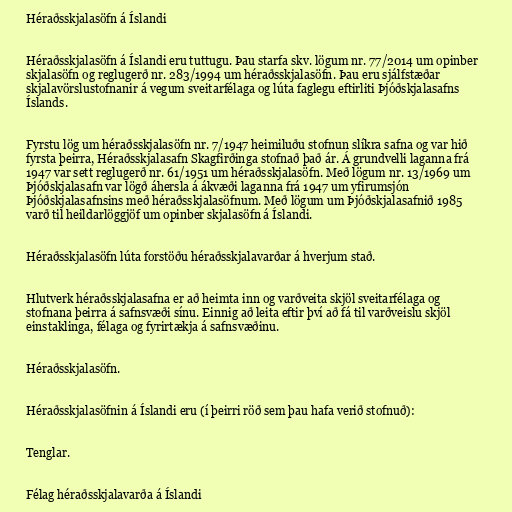
Héraðsskjalasöfn á Íslandi

Héraðsskjalasöfn á Íslandi eru tuttugu. Þau starfa skv. lögum nr. 77/2014 um opinber
skjalasöfn og reglugerð nr. 283/1994 um héraðsskjalasöfn. Þau eru sjálfstæðar
skjalavörslustofnanir á vegum sveitarfélaga og lúta faglegu eftirliti Þjóðskjalasafns
Íslands.

Fyrstu lög um héraðsskjalasöfn nr. 7/1947 heimiluðu stofnun slíkra safna og var hið
fyrsta þeirra, Héraðsskjalasafn Skagfirðinga stofnað það ár. Á grundvelli laganna frá
1947 var sett reglugerð nr. 61/1951 um héraðsskjalasöfn. Með lögum nr. 13/1969 um
Þjóðskjalasafn var lögð áhersla á ákvæði laganna frá 1947 um yfirumsjón
Þjóðskjalasafnsins með héraðsskjalasöfnum. Með lögum um Þjóðskjalasafnið 1985
varð til heildarlöggjöf um opinber skjalasöfn á Íslandi.

Héraðsskjalasöfn lúta forstöðu héraðsskjalavarðar á hverjum stað.

Hlutverk héraðsskjalasafna er að heimta inn og varðveita skjöl sveitarfélaga og
stofnana þeirra á safnsvæði sínu. Einnig að leita eftir því að fá til varðveislu skjöl
einstaklinga, félaga og fyrirtækja á safnsvæðinu.

Héraðsskjalasöfn.

Héraðsskjalasöfnin á Íslandi eru (í þeirri röð sem þau hafa verið stofnuð):

Tenglar.

Félag héraðsskjalavarða á Íslandi